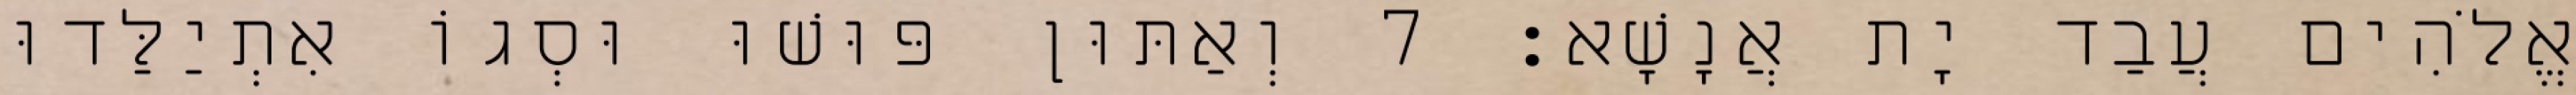
אֱלֹהִים עֲבַד יָת אֲנָשָׁא׃ 7 וְאַתּוּן פּוּשׁוּ וּסְגוֹ אִתְיַלַּדוּ